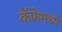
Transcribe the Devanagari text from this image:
कॅफेमध्ये